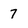
Character: 7